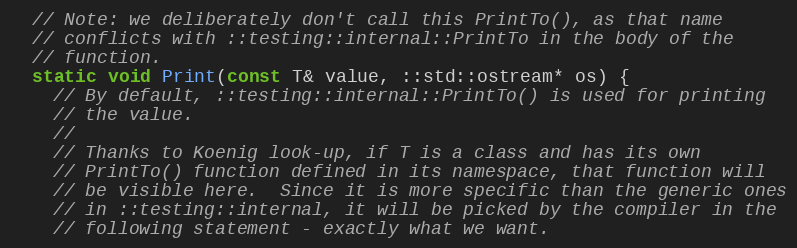
Language: C
  // Note: we deliberately don't call this PrintTo(), as that name
  // conflicts with ::testing::internal::PrintTo in the body of the
  // function.
  static void Print(const T& value, ::std::ostream* os) {
    // By default, ::testing::internal::PrintTo() is used for printing
    // the value.
    //
    // Thanks to Koenig look-up, if T is a class and has its own
    // PrintTo() function defined in its namespace, that function will
    // be visible here.  Since it is more specific than the generic ones
    // in ::testing::internal, it will be picked by the compiler in the
    // following statement - exactly what we want.